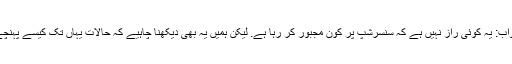
جواب: یہ کوئی راز نہیں ہے کہ سنسرشپ پر کون مجبور کر رہا ہے. لیکن ہمیں یہ بھی دیکھنا چاہیے کہ حالات یہاں تک کیسے پہنچے۔